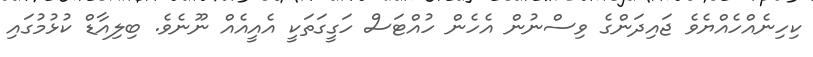
ކިހިނެއްހެއްޔެވެ ޖައިދަންގެ ވިސްނުން އެހެން ހުއްޓަސް ހަގީގަތަކީ އެއީއެއް ނޫނެވެ. ބިލިއާޑް ކުޅުމުގައި